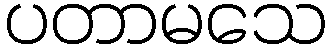
ပတာမသေ